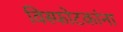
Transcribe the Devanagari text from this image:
विस्फोटकांना